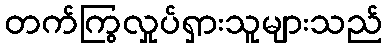
တက်ကြွလှုပ်ရှားသူများသည်